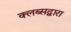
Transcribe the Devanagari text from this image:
क्लब्सद्वारा